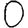
Digit: 0